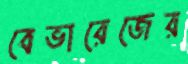
বেভারেজের